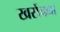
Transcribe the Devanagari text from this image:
खरोंचना